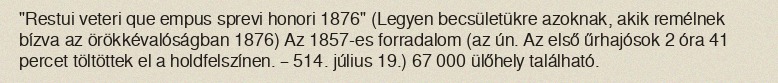
"Restui veteri que empus sprevi honori 1876" (Legyen becsületükre azoknak, akik remélnek bízva az örökkévalóságban 1876) Az 1857-es forradalom (az ún. Az első űrhajósok 2 óra 41 percet töltöttek el a holdfelszínen. – 514. július 19.) 67 000 ülőhely található.